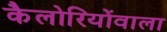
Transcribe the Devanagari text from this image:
कैलोरियोंवाला